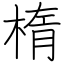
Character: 楕